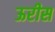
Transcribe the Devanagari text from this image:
ऊरीस